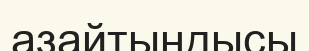
азайтындысы